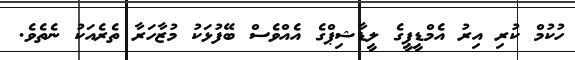
ހުކުމް ކުރި އިރު އެމްޑީޕީގެ ލީޑާޝިޕްގެ އެއްވެސް ބޭފުޅަކު މުޒާހަރާ ތެރެއަކު ނެތެވެ.